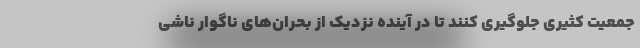
جمعیت کثیری جلوگیری کنند تا در آینده نزدیک از بحران‌های ناگوار ناشی